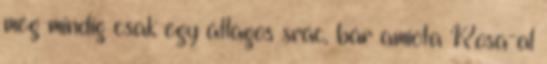
még mindig csak egy átlagos srác, bár amióta Rosa-al